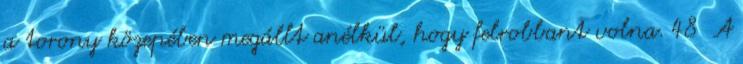
a torony közepében megállt anélkül, hogy felrobbant volna. 48 A